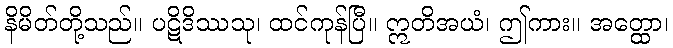
နိမိတ်တို့သည်။ ပဋိဒိဿသု၊ ထင်ကုန်ပြီ။ ဣတိအယံ၊ ဤကား။ အတ္ထော၊